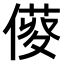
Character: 𠍑